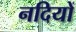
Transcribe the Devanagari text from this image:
नदियों